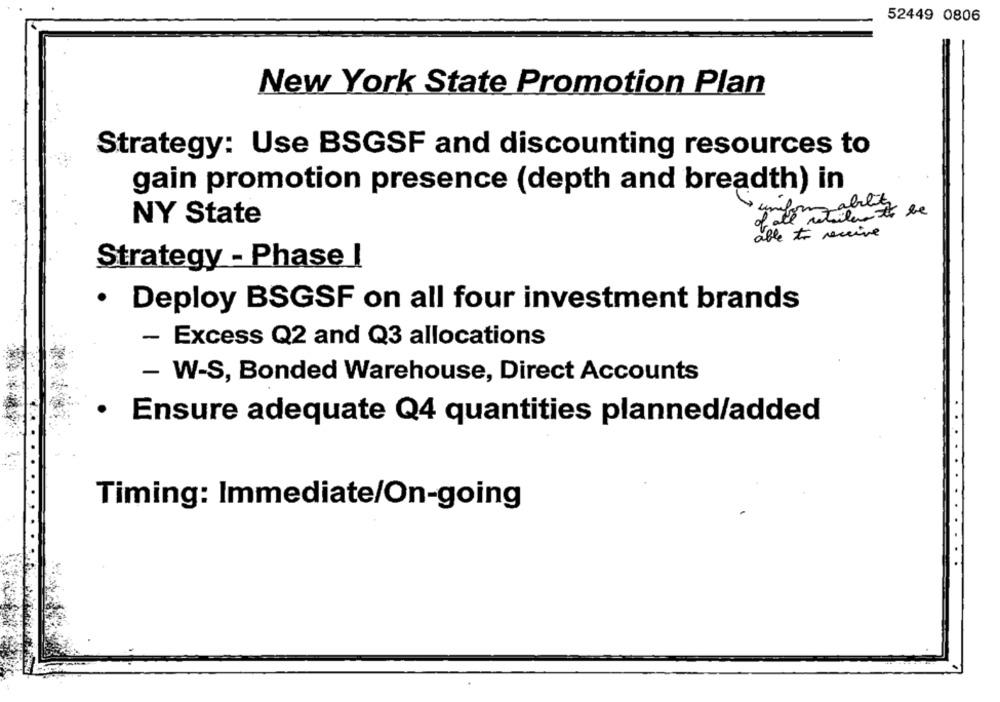
52449 0806
New York State Promotion Plan
Strategy: Use BSGSF and discounting resources to
gain promotion presence (depth and breadth) in
NY State
able to receive
Strategy - Phase !
.
Deploy BSGSF on all four investment brands
- Excess Q2 and Q3 allocations
- W-S, Bonded Warehouse, Direct Accounts
· Ensure adequate Q4 quantities planned/added
Timing: Immediate/On-going